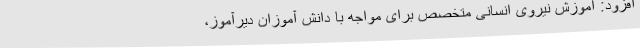
افزود: آموزش نیروی انسانی متخصص برای مواجه با دانش آموزان دیرآموز،